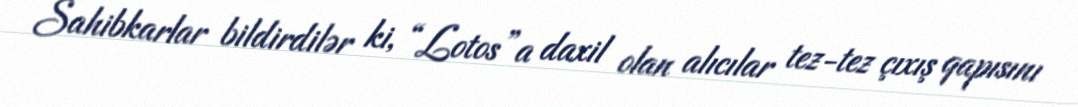
Sahibkarlar bildirdilər ki, “Lotos”a daxil olan alıcılar tez-tez çıxış qapısını